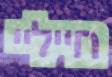
חייליי